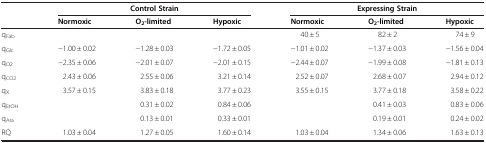
<table><thead><tr><td rowspan="2"><b> </b></td><td><b> </b></td><td><b>Control Strain</b></td><td><b> </b></td><td><b> </b></td><td><b>Expressing Strain</b></td><td><b> </b></td></tr><tr><td><b>Normoxic</b></td><td><b>O<sub>2</sub>-limited</b></td><td><b>Hypoxic</b></td><td><b>Normoxic</b></td><td><b>O<sub>2</sub>-limited</b></td><td><b>Hypoxic</b></td></tr></thead><tbody><tr><td>q<sub>Fab</sub></td><td> </td><td> </td><td> </td><td>40 ± 5</td><td>82 ± 2</td><td>74 ± 9</td></tr><tr><td>q<sub>Glc</sub></td><td>−1.00 ± 0.02</td><td>−1.28 ± 0.03</td><td>−1.72 ± 0.05</td><td>−1.01 ± 0.02</td><td>−1.37 ± 0.03</td><td>−1.56 ± 0.04</td></tr><tr><td>q<sub>O2</sub></td><td>−2.35 ± 0.06</td><td>−2.01 ± 0.07</td><td>−2.01 ± 0.15</td><td>−2.44 ± 0.07</td><td>−1.99 ± 0.08</td><td>−1.81 ± 0.13</td></tr><tr><td>q<sub>CO2</sub></td><td>2.43 ± 0.06</td><td>2.55 ± 0.06</td><td>3.21 ± 0.14</td><td>2.52 ± 0.07</td><td>2.68 ± 0.07</td><td>2.94 ± 0.12</td></tr><tr><td>q<sub>X</sub></td><td>3.57 ± 0.15</td><td>3.83 ± 0.18</td><td>3.77 ± 0.23</td><td>3.55 ± 0.15</td><td>3.77 ± 0.18</td><td>3.58 ± 0.22</td></tr><tr><td>q<sub>EtOH</sub></td><td> </td><td>0.31 ± 0.02</td><td>0.84 ± 0.06</td><td> </td><td>0.41 ± 0.03</td><td>0.83 ± 0.06</td></tr><tr><td>q<sub>Ara</sub></td><td> </td><td>0.13 ± 0.01</td><td>0.33 ± 0.01</td><td> </td><td>0.19 ± 0.01</td><td>0.24 ± 0.02</td></tr><tr><td>RQ</td><td>1.03 ± 0.04</td><td>1.27 ± 0.05</td><td>1.60 ± 0.14</td><td>1.03 ± 0.04</td><td>1.34 ± 0.06</td><td>1.63 ± 0.13</td></tr></tbody></table>